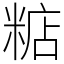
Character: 𥺦